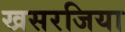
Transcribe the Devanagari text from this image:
खसरजिया